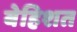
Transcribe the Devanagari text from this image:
बेहिशत